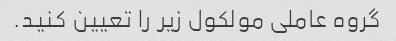
گروه عاملی مولکول زیر را تعیین کنید.